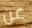
عن